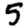
Digit: 5